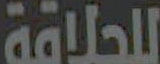
للحلاقة